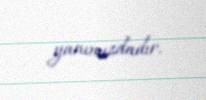
yanımızdadır.